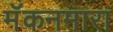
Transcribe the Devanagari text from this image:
मॅकनमारा